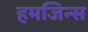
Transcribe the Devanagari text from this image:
हमजिन्स